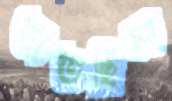
তাতছিলা